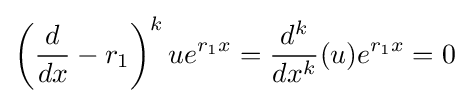
\left({\frac {d}{dx}}-r_{1}\right)^{k}ue^{r_{1}x}={\frac {d^{k}}{dx^{k}}}(u)e^{r_{1}x}=0